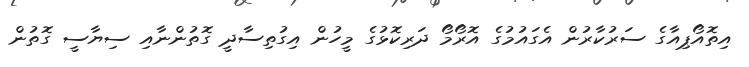
އިތޮއޯޕިއާގެ ސަރުކާރުން އެގައުމުގެ އޮރޯމޯ ދަރިކޮޅުގެ މީހުން އިގުތިސާދީ ގޮތުންނާއި ސިޔާސީ ގޮތުން